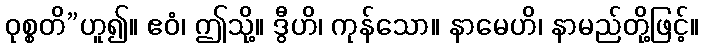
ဝုစ္စတိ”ဟူ၍။ ဧဝံ၊ ဤသို့။ ဒွီဟိ၊ ကုန်သော။ နာမေဟိ၊ နာမည်တို့ဖြင့်။